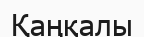
Қаңқалы